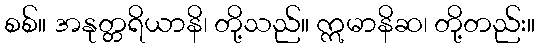
စစ်။ အနုတ္တရိယာနိ၊ တို့သည်။ ဣမာနိဆ၊ တို့တည်း။